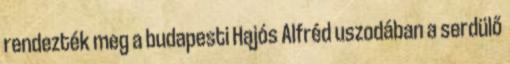
rendezték meg a budapesti Hajós Alfréd uszodában a serdülő